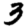
Digit: 3